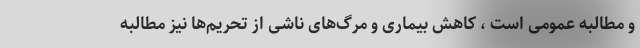
و مطالبه عمومی است ، کاهش بیماری و مرگ‌های ناشی از تحریم‌ها نیز مطالبه